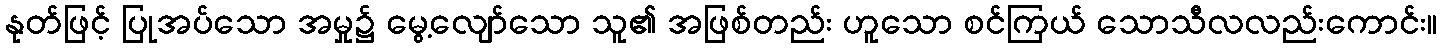
နုတ်ဖြင့် ပြုအပ်သော အမှု၌ မွေ့လျော်သော သူ၏ အဖြစ်တည်း ဟူသော စင်ကြယ် သောသီလလည်းကောင်း။